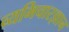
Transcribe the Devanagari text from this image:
व्यभिचारज्ञान